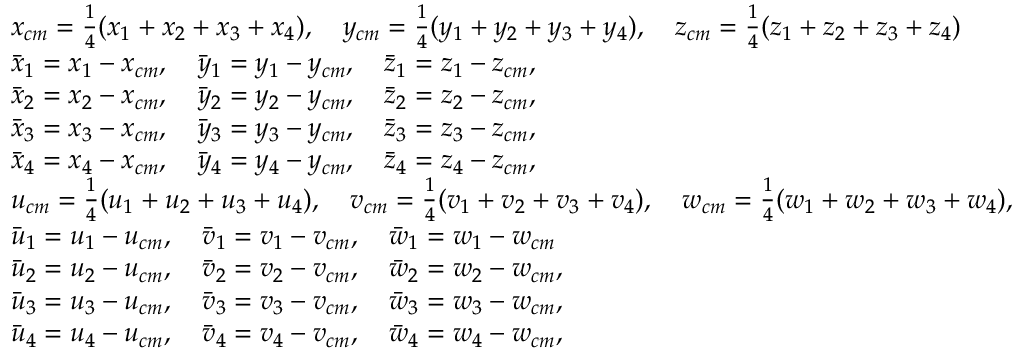
\begin{array} { r l } & { x _ { c m } = \frac { 1 } { 4 } ( x _ { 1 } + x _ { 2 } + x _ { 3 } + x _ { 4 } ) , \quad y _ { c m } = \frac { 1 } { 4 } ( y _ { 1 } + y _ { 2 } + y _ { 3 } + y _ { 4 } ) , \quad z _ { c m } = \frac { 1 } { 4 } ( z _ { 1 } + z _ { 2 } + z _ { 3 } + z _ { 4 } ) } \\ & { \Bar { x } _ { 1 } = x _ { 1 } - x _ { c m } , \quad \Bar { y } _ { 1 } = y _ { 1 } - y _ { c m } , \quad \Bar { z } _ { 1 } = z _ { 1 } - z _ { c m } , } \\ & { \Bar { x } _ { 2 } = x _ { 2 } - x _ { c m } , \quad \Bar { y } _ { 2 } = y _ { 2 } - y _ { c m } , \quad \Bar { z } _ { 2 } = z _ { 2 } - z _ { c m } , } \\ & { \Bar { x } _ { 3 } = x _ { 3 } - x _ { c m } , \quad \Bar { y } _ { 3 } = y _ { 3 } - y _ { c m } , \quad \Bar { z } _ { 3 } = z _ { 3 } - z _ { c m } , } \\ & { \Bar { x } _ { 4 } = x _ { 4 } - x _ { c m } , \quad \Bar { y } _ { 4 } = y _ { 4 } - y _ { c m } , \quad \Bar { z } _ { 4 } = z _ { 4 } - z _ { c m } , } \\ & { u _ { c m } = \frac { 1 } { 4 } ( u _ { 1 } + u _ { 2 } + u _ { 3 } + u _ { 4 } ) , \quad v _ { c m } = \frac { 1 } { 4 } ( v _ { 1 } + v _ { 2 } + v _ { 3 } + v _ { 4 } ) , \quad w _ { c m } = \frac { 1 } { 4 } ( w _ { 1 } + w _ { 2 } + w _ { 3 } + w _ { 4 } ) , } \\ & { \Bar { u } _ { 1 } = u _ { 1 } - u _ { c m } , \quad \Bar { v } _ { 1 } = v _ { 1 } - v _ { c m } , \quad \Bar { w } _ { 1 } = w _ { 1 } - w _ { c m } } \\ & { \Bar { u } _ { 2 } = u _ { 2 } - u _ { c m } , \quad \Bar { v } _ { 2 } = v _ { 2 } - v _ { c m } , \quad \Bar { w } _ { 2 } = w _ { 2 } - w _ { c m } , } \\ & { \Bar { u } _ { 3 } = u _ { 3 } - u _ { c m } , \quad \Bar { v } _ { 3 } = v _ { 3 } - v _ { c m } , \quad \Bar { w } _ { 3 } = w _ { 3 } - w _ { c m } , } \\ & { \Bar { u } _ { 4 } = u _ { 4 } - u _ { c m } , \quad \Bar { v } _ { 4 } = v _ { 4 } - v _ { c m } , \quad \Bar { w } _ { 4 } = w _ { 4 } - w _ { c m } , } \end{array}